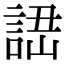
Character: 䛝